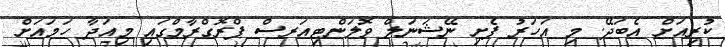
ކުރިއަށް އެބަދޭ. މި އަހަރު ފެށި ނޭޝަނަލް ވޮލަންޓިއަރސް ޕްރޮގްރާމްގައި މިއަދާ ހަމައަށް